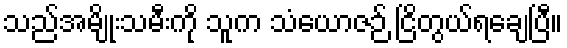
သည်အမျိုးသမီးကို သူက သံယောဇဉ် ငြိတွယ်ရချေပြီ။